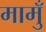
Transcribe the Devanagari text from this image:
मामुँ